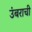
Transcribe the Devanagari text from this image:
उंबराची